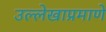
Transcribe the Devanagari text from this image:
उल्लेखाप्रमाणे